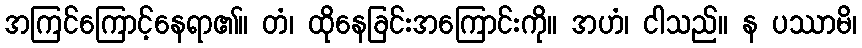
အကြင်ကြောင့်နေရာ၏။ တံ၊ ထိုနေခြင်းအကြောင်းကို။ အဟံ၊ ငါသည်။ န ပဿာမိ၊